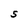
Character: S